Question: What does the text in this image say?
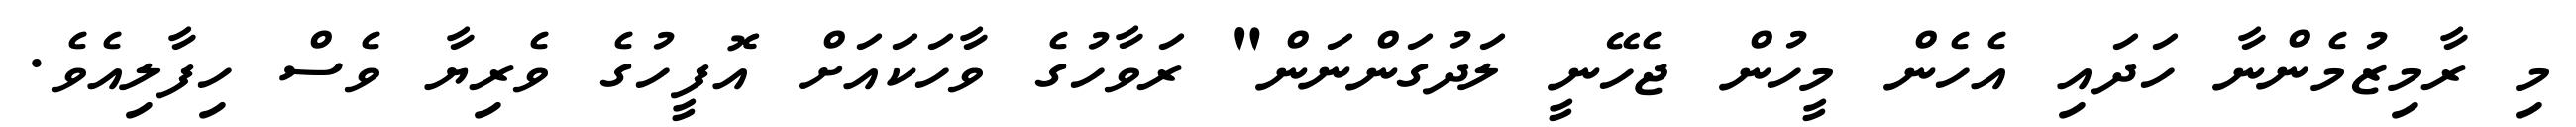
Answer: މި ރާމިޒުމެންނާ ހަދައި އެހެން މީހުން ޖެހޭނީ ލަދުގަންނަން" ރަވާހުގެ ވާހަކައަށް އޮފީހުގެ ވެރިޔާ ވެސް ހިފާލިއެވެ.